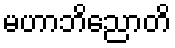
မဟာဘိညောတိ